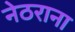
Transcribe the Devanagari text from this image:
नेठराना